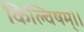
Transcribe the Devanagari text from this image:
किल्विषम्।।